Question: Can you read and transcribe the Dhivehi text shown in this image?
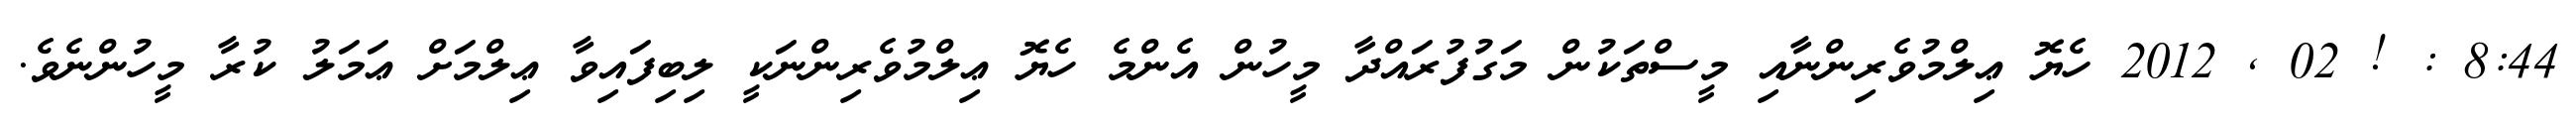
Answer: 8:44 : ! 02 , 2012 ހެޔޮ ޢިލްމުވެރިންނާއި މީސްތަކުން މަގުފުރައްދާ މީހުން އެންމެ ހެޔޮ ޢިލްމުވެރިންނަކީ ލިބިފައިވާ ޢިލްމަށް ޢަމަލު ކުރާ މީހުންނެވެ.